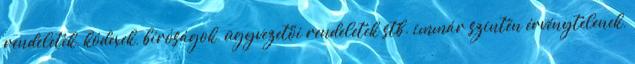
rendeletek, kódexek, bíróságok, ügyvezetői rendeletek stb. immár szintén érvénytelenek,